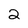
Character: 2